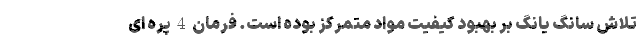
تلاش سانگ یانگ بر بهبود کیفیت مواد متمرکز بوده است. فرمان 4 پره ای